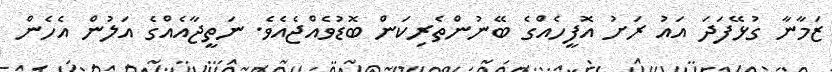
ޒަމާނާ ގުޅޭފަދަ އައު ރަށު އޮފީހެއްގެ ބޭނުންތެރިކަން ބޮޑުވެއްޖެއެވެ. ނަތީޖާއެއްގެ އަލުން އެހެން